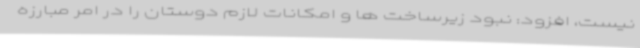
نیست، افزود: نبود زیرساخت ها و امکانات لازم دوستان را در امر مبارزه